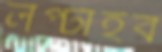
লপ্‌টাইব